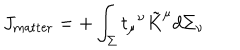
J _ { \mathrm { m a t t e r } } = + \int _ { \Sigma } t _ { \mu } { } ^ { \nu } \tilde { K } ^ { \mu } d \Sigma _ { \nu }